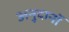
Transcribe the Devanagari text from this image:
अनुदानॉ